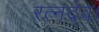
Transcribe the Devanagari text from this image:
रत्नदेव।